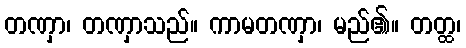
တဏှာ၊ တဏှာသည်။ ကာမတဏှာ၊ မည်၏။ တတ္ထ၊